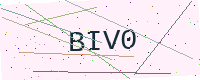
Text: BIV0